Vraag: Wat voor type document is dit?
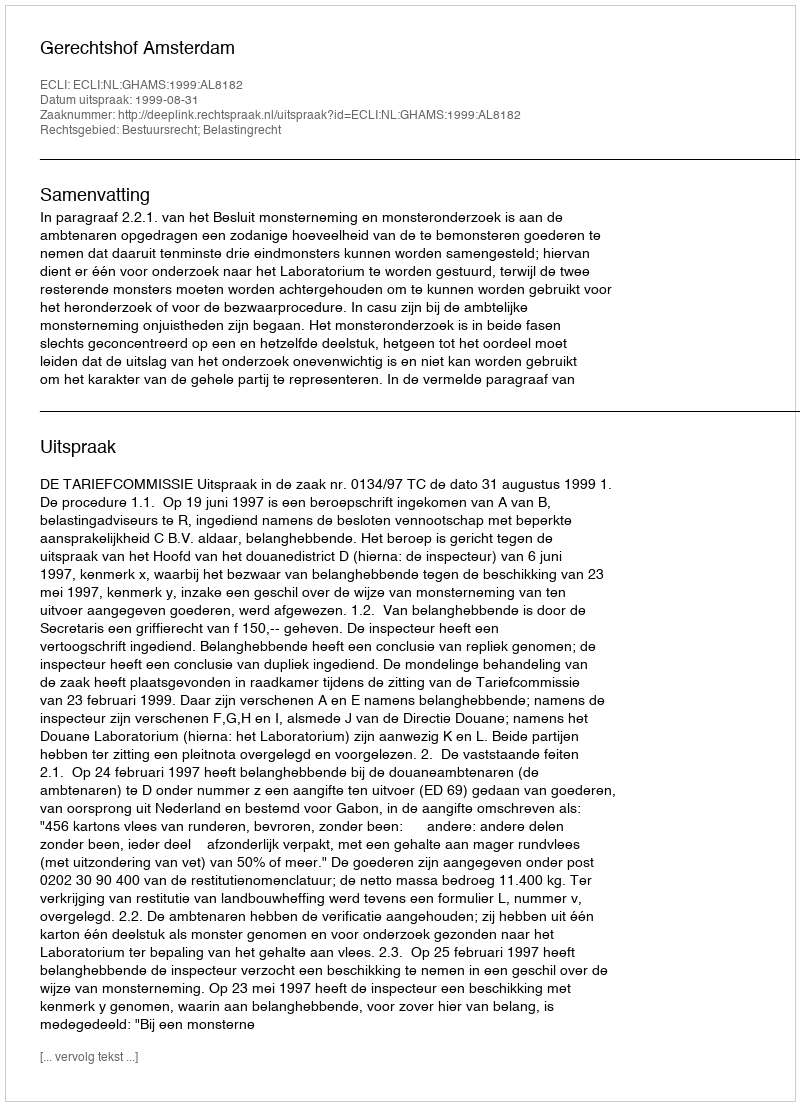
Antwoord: Uitspraak